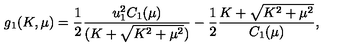
g _ { 1 } ( K , \mu ) = { \frac { 1 } { 2 } } { \frac { u _ { 1 } ^ { 2 } C _ { 1 } ( \mu ) } { ( K + \sqrt { K ^ { 2 } + \mu ^ { 2 } } ) } } - { \frac { 1 } { 2 } } { \frac { K + \sqrt { K ^ { 2 } + \mu ^ { 2 } } } { C _ { 1 } ( \mu ) } } ,